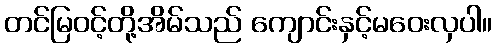
တင်မြဝင့်တို့အိမ်သည် ကျောင်းနှင့်မဝေးလှပါ။